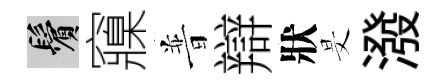
鬢䆿普辯狀旻潑